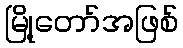
မြို့တော်အဖြစ်